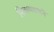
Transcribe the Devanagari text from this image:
निजामशाहने